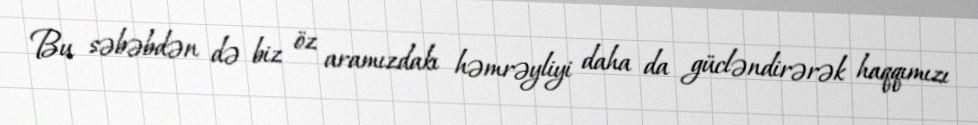
Bu səbəbdən də biz öz aramızdakı həmrəyliyi daha da gücləndirərək haqqımızı